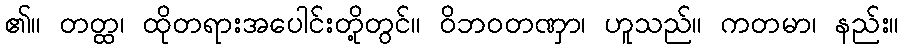
၏။ တတ္ထ၊ ထိုတရားအပေါင်းတို့တွင်။ ဝိဘဝတဏှာ၊ ဟူသည်။ ကတမာ၊ နည်း။